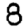
Digit: 8